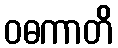
ဝဓကာတိ